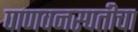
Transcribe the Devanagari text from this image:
पाणवनस्पतीचा